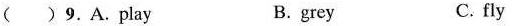
( )9.A.Play B. grey C. fly